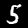
Label: 5